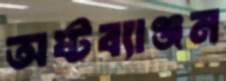
অষ্টব্যাঞ্জন